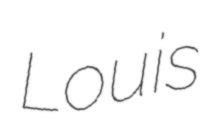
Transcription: Louis